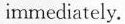
immediately.